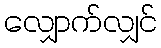
လျှောက်လျှင်